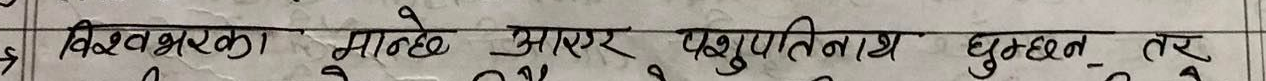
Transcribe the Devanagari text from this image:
विश्वभरका मान्छे आएर पशुपतिनाथ घुम्छन् तर